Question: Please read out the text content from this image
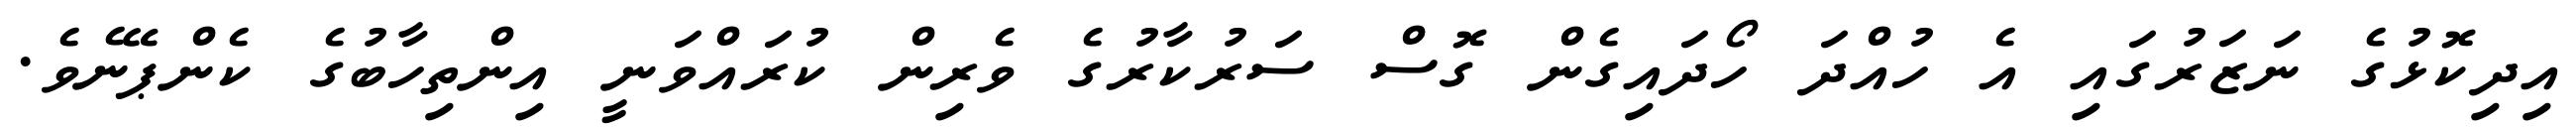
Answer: އިދިކޮޅުގެ ނަޒަރުގައި އެ ހުއްދަ ހޯދައިގެން ގޮސް ސަރުކާރުގެ ވެރިން ކުރައްވަނީ އިންތިހާބުގެ ކެންޕޭނެވެ.